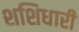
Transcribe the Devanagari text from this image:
शशिधारी